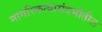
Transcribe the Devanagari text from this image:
नागरिकत्वासंदर्भातील